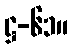
ဋ္ဌ-၆၁။